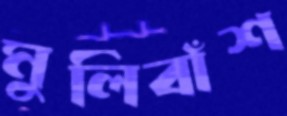
মুলিবাঁশ